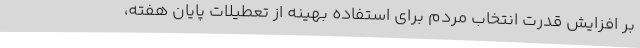
بر افزایش قدرت انتخاب مردم برای استفاده بهینه از تعطیلات پایان هفته،